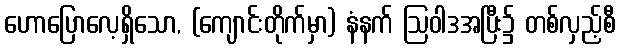
ဟောပြောလေ့ရှိသော, (ကျောင်းတိုက်မှာ) နံနက် ဩဝါဒအပြီး၌ တစ်လှည့်စီ